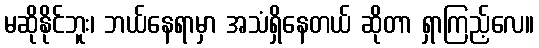
မဆိုနိုင်ဘူး၊ ဘယ်နေရာမှာ အသံရှိနေတယ် ဆိုတာ ရှာကြည့်လေ။